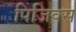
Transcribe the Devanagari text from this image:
पिजिक्स